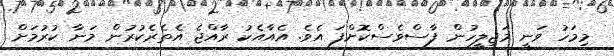
މިމަހު ވަނީ މަޖިލީހުން ފާސްވެސްކޮށްފަ އެވެ. އެއާއެކު ރާއްޖެ އެތެރެކުރުން މަނާ ކުރުމަށް